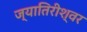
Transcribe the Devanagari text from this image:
ज्यातिरीश्वर